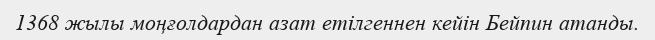
1368 жылы моңғолдардан азат етілгеннен кейін Бейпин атанды.